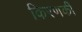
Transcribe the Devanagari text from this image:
किरणकी